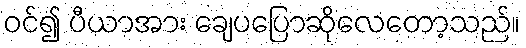
ဝင်၍ ပီယာအား ချေပပြောဆိုလေတော့သည်။